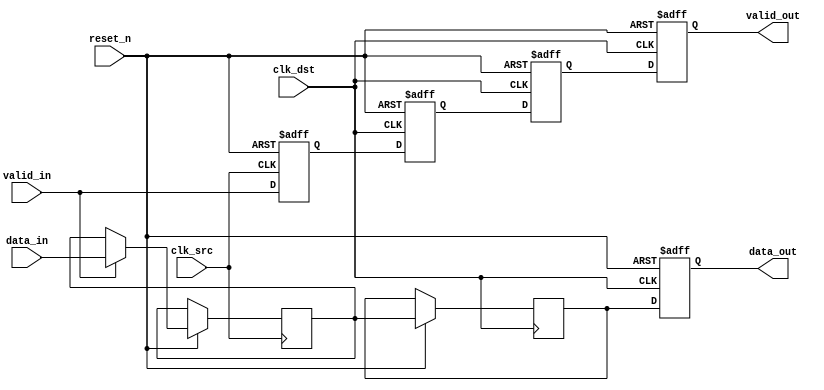
module memory_blocks_pipeline_synchronizer #(
    parameter DATA_WIDTH = 8,          // Width of the data bus
    parameter PIPELINE_STAGES = 2       // Number of pipeline stages in destination clock domain
)(
    input wire                         clk_src,        // Source clock
    input wire                         clk_dst,        // Destination clock
    input wire                         reset_n,        // Asynchronous active low reset
    input wire [DATA_WIDTH-1:0]      data_in,        // Input data from source clock domain
    input wire                         valid_in,       // Valid signal for input data
    output reg [DATA_WIDTH-1:0]      data_out,       // Synchronized output data
    output reg                         valid_out       // Valid signal for output data
);

    // Internal registers for storage and synchronization
    reg [DATA_WIDTH-1:0]        data_pipe[0:PIPELINE_STAGES-1];  // Data pipeline
    reg                          valid_pipe[0:PIPELINE_STAGES-1]; // Valid pipeline registers
    reg                          valid_temp;  // Temporary valid signal

    // Data capture in source clock domain
    always @(posedge clk_src or negedge reset_n) begin
        if (!reset_n) begin
            // Reset strategy for source domain
            valid_temp <= 1'b0;
        end else begin
            valid_temp <= valid_in;
            if (valid_in) begin
                data_pipe[0] <= data_in; // Capture data
            end
        end
    end

    // Synchronization to destination clock domain with pipeline stages
    integer i;
    always @(posedge clk_dst or negedge reset_n) begin
        if (!reset_n) begin
            // Reset strategy for destination domain
            valid_out <= 1'b0;
            data_out <= 0;
            for (i = 0; i < PIPELINE_STAGES; i = i + 1) begin
                valid_pipe[i] <= 1'b0;
            end
        end else begin
            // Shift data and valid signals through the pipeline
            valid_pipe[0] <= valid_temp; // Input valid to first stage
            for (i = 1; i < PIPELINE_STAGES; i = i + 1) begin
                valid_pipe[i] <= valid_pipe[i-1]; // Shift valid signals
                data_pipe[i] <= data_pipe[i-1];   // Shift data
            end

            // Assign the last stage output to the output registers
            valid_out <= valid_pipe[PIPELINE_STAGES-1];
            data_out <= data_pipe[PIPELINE_STAGES-1];
        end
    end

endmodule